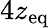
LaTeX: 4z_{\mathrm{eq}}